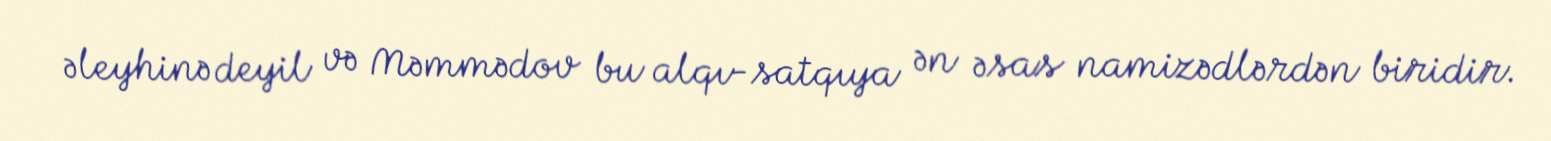
əleyhinə deyil və Məmmədov bu alqı-satqıya ən əsas namizədlərdən biridir.